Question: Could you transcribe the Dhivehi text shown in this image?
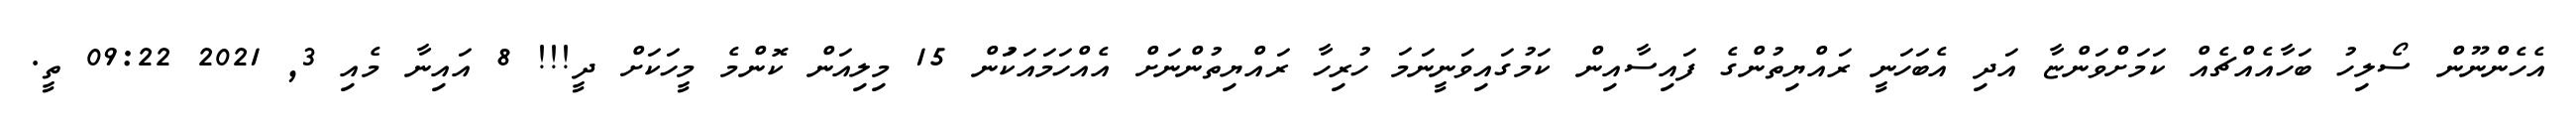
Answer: އެހެންނޫން ސޯލިހު ބަހާއެއްޗެއް ކަމަށްވަންޏާ އަދި އެބަހަނީ ރައްޔިތުންގެ ފައިސާއިން ކަމުގައިވަނީނަމަ ހުރިހާ ރައްޔިތުންނަށް އެއްހަމައަކަުން 15 މިލިއަން ކޮންމެ މީހަކަށް ދީ!!! 8 އައިނާ މެއި 3, 2021 09:22 ތީ.